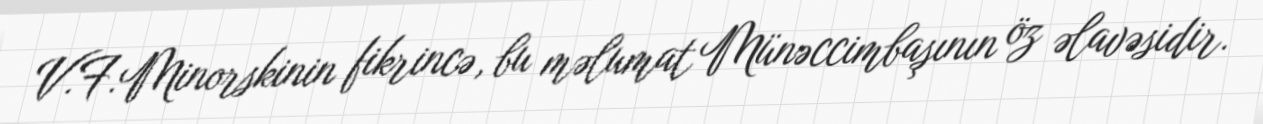
V.F.Minorskinin fikrincə, bu məlumat Münəccimbaşının öz əlavəsidir.